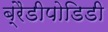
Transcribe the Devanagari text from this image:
ब्रैडीपोडिडी